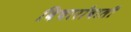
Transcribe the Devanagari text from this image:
विचारोंवाली